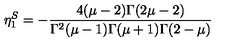
\eta _ { 1 } ^ { S } = - \frac { 4 ( \mu - 2 ) \Gamma ( 2 \mu - 2 ) } { \Gamma ^ { 2 } ( \mu - 1 ) \Gamma ( \mu + 1 ) \Gamma ( 2 - \mu ) }